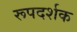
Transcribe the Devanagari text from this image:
रूपदर्शक